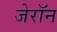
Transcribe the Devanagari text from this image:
जेरॉन